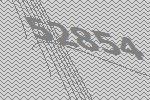
52854